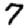
Digit: 7